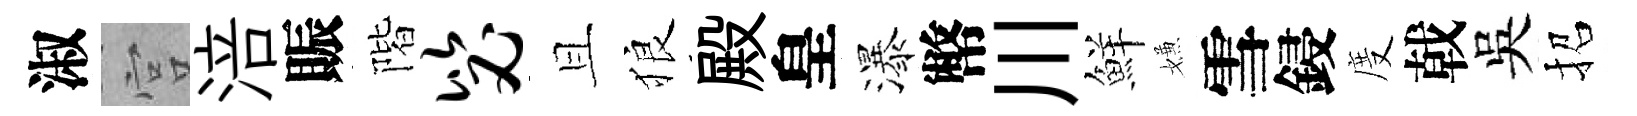
淑宫涪賑階毖且狼殿皇瀑幣川鮮嫌雪鋟度戟吳招